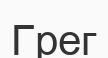
Грег